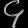
Digit: ၄